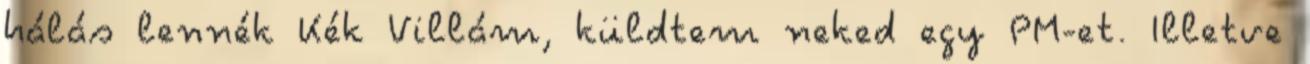
hálás lennék Kék Villám, küldtem neked egy PM-et. Illetve